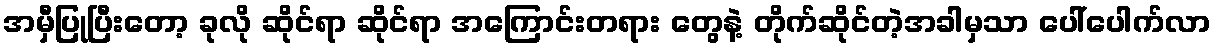
အမှီပြုပြီးတော့ ခုလို ဆိုင်ရာ ဆိုင်ရာ အကြောင်းတရား တွေနဲ့ တိုက်ဆိုင်တဲ့အခါမှသာ ပေါ်ပေါက်လာ